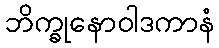
ဘိက္ခုနောဝါဒကာနံ